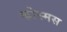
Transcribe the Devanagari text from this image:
कोस्मस